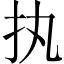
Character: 执